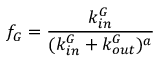
f _ { G } = \frac { k _ { i n } ^ { G } } { ( k _ { i n } ^ { G } + k _ { o u t } ^ { G } ) ^ { a } }